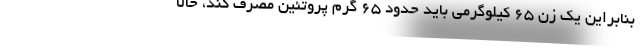
بنابراین یک زن ۶۵ کیلوگرمی باید حدود ۶۵ گرم پروتئین مصرف کند، حالا